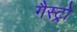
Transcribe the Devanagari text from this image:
गैस्‍ट्रो